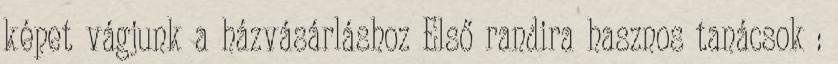
képet vágjunk a házvásárláshoz Első randira hasznos tanácsok :